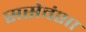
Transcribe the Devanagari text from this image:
ससेवंशा